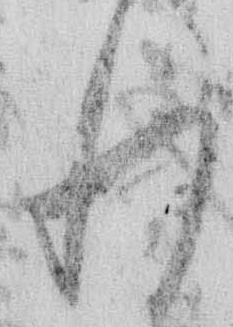
れ